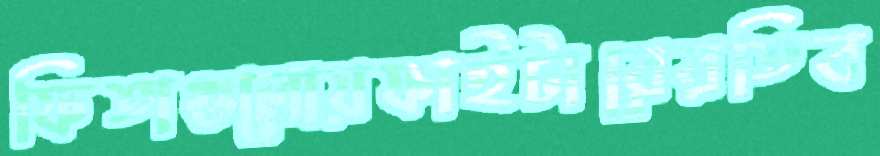
ফিতাগুলোয়ফাইটারেরতিব